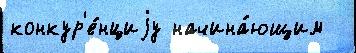
конкур'е́нциjу начина́ющим